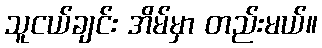
သူငယ်ချင်း အိမ်မှာ တည်းမယ်။